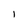
Character: l